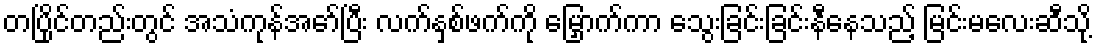
တပြိုင်တည်းတွင် အသံကုန်အော်ပြီး လက်နှစ်ဖက်ကို မြှောက်ကာ သွေးခြင်းခြင်းနီနေသည့် မြင်းမလေးဆီသို့